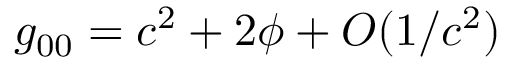
g _ { 0 0 } = c ^ { 2 } + 2 \phi + O ( 1 / c ^ { 2 } )